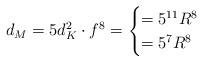
LaTeX: \begin{align*}d_M = 5 d_K^2\cdot f^8 = \begin{cases}= 5^{11} R^8 & \\ = 5^7 R^8 & \end{cases}\end{align*}